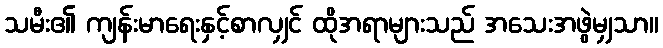
သမီး၏ ကျန်းမာရေးနှင့်စာလျှင် ထိုအရာများသည် အသေးအဖွဲမျှသာ။